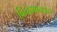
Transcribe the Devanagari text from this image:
विनामानधन